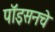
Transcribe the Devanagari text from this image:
पॉइसनचे